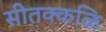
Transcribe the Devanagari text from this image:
सीतक्कळि